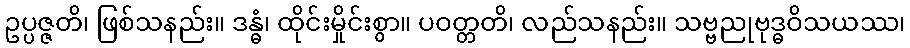
ဥပ္ပဇ္ဇတိ၊ ဖြစ်သနည်း။ ဒန္ဓံ၊ ထိုင်းမှိုင်းစွာ။ ပဝတ္တတိ၊ လည်သနည်း။ သဗ္ဗညုဗုဒ္ဓဝိသယဿ၊